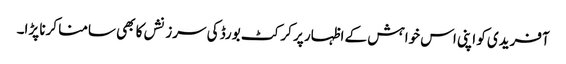
آفریدی کو اپنی اس خواہش کے اظہار پر کرکٹ بورڈ کی سرزنشں کا بھی سامنا کرنا پڑا۔